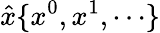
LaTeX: {\hat{x}}\{ x^{0},x^{1},\cdots\}